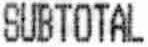
SUBTOTAL